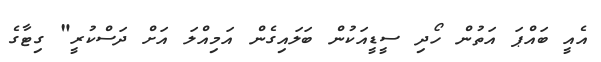
އެއީ ބައްޕަ އަތުން ހޯދި ސީޑީއަކުން ބަލައިގެން އަމިއްލަ އަށް ދަސްކުރީ" ގިޓާގެ